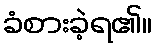
ခံစားခဲ့ရ၏။